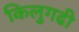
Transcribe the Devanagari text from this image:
किलुगढी